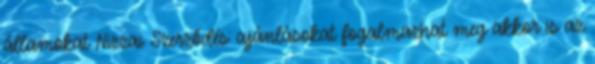
államokat Nizzai Szerződés: ajánlásokat fogalmazhat meg akkor is az